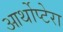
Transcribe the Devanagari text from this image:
आर्थोप्टेरा